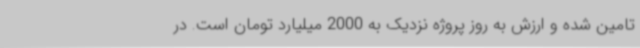
تامین شده و ارزش به روز پروژه نزدیک به 2000 میلیارد تومان است. در